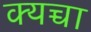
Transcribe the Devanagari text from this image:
क्यच्चा